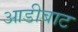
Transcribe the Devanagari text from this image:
आडीबाट